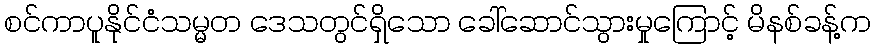
စင်ကာပူနိုင်ငံသမ္မတ ဒေသတွင်ရှိသော ခေါ်ဆောင်သွားမှုကြောင့် မိနစ်ခန့်က